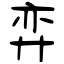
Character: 弈